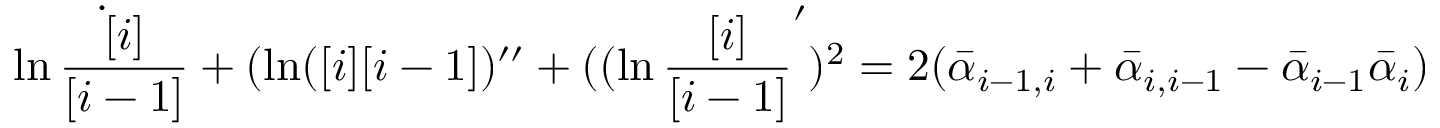
\dot { \ln { \frac { [ i ] } { [ i - 1 ] } } } + ( \ln ( [ i ] [ i - 1 ] ) ^ { \prime \prime } + ( ( \ln { \frac { [ i ] } { [ i - 1 ] } } ^ { \prime } ) ^ { 2 } = 2 ( \bar { \alpha } _ { i - 1 , i } + \bar { \alpha } _ { i , i - 1 } - \bar { \alpha } _ { i - 1 } \bar { \alpha } _ { i } )